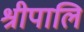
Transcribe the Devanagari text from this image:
श्रीपालि